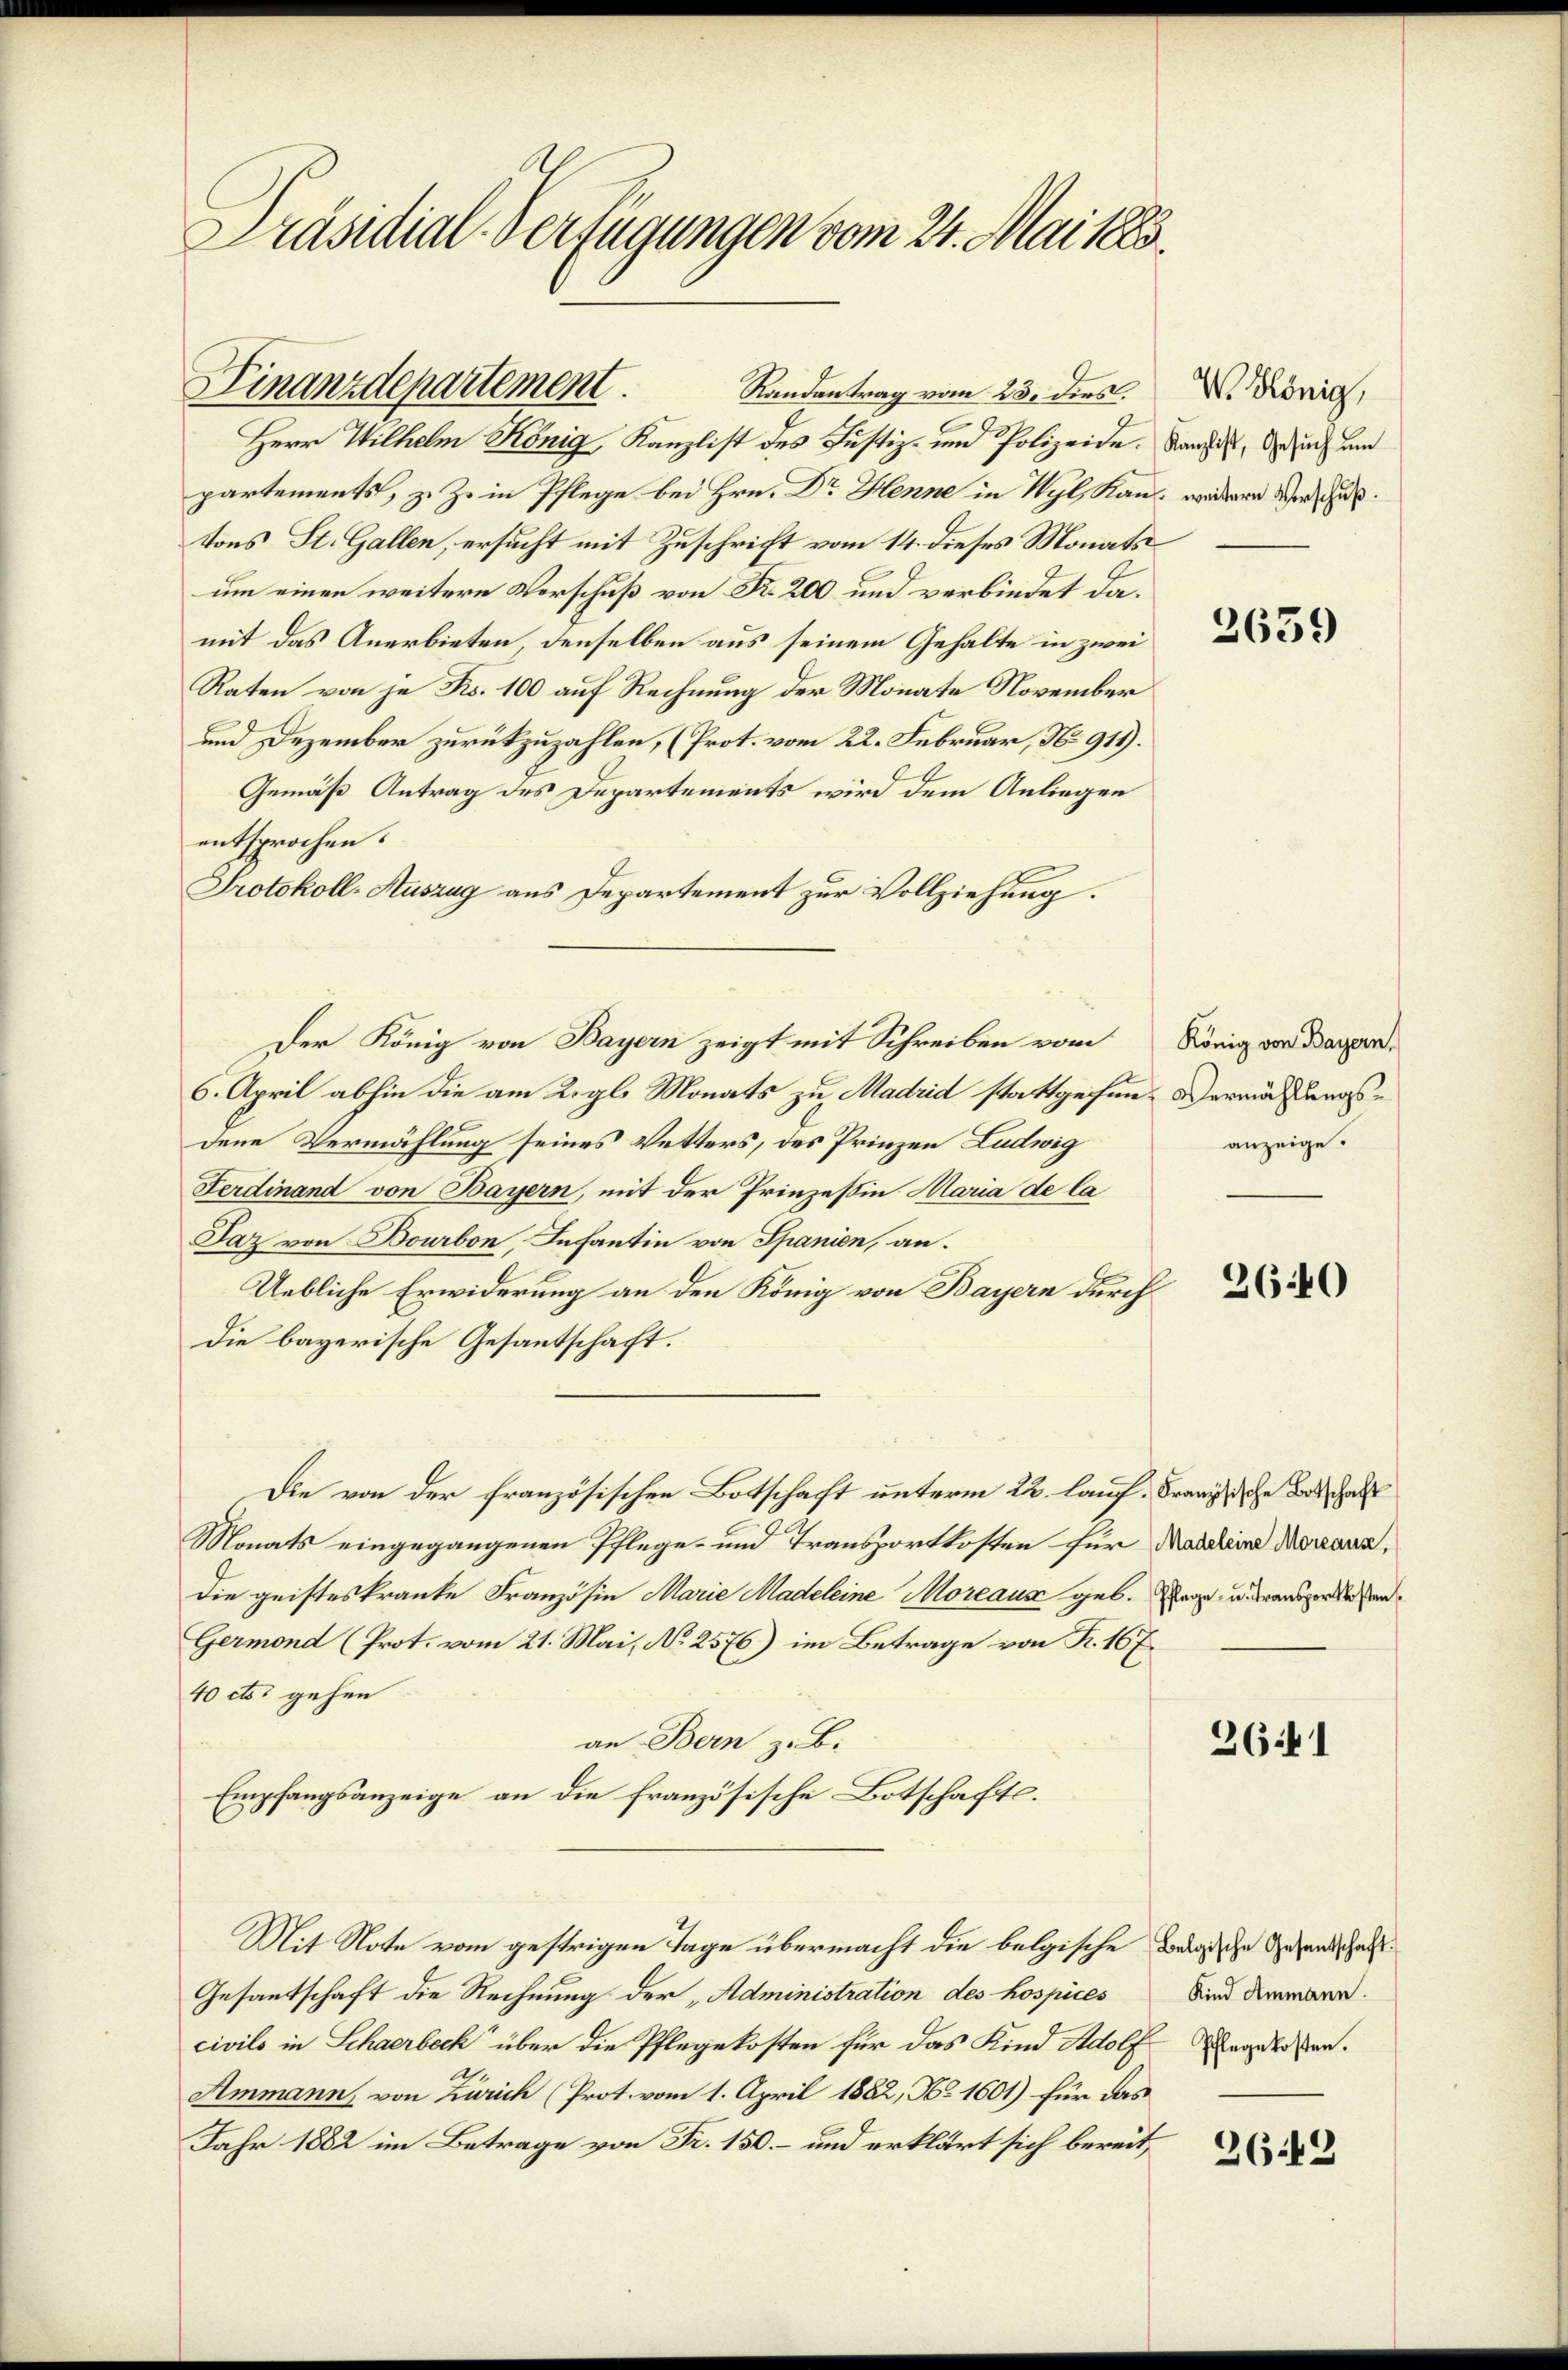
Präsidial-Verfügungen vom 24. Mai 1883.

Finanzdepartement.
Randantrag vom 23. dies.

Herr Wilhelm König, Kanzlist des Justiz- und Polizeide.
partements, z. Z. in Pflege bei Hrn. Dr Henne in Wyl, Kan wedern Werthur.
tons St. Gallen, ersucht mit Zuschrift vom 14. dieses Monats
um einen weitere Verschuß von Fr. 200 und verbindet damit das Anerbieten, denselben aus seinem Gehalte in zwei
Raten von je Frs. 100 auf Rechnung der Monate November
und Dezember zurückzuzahlen, (Prot. vom 22. Februar, No 919).
Gemäß Antrag des Departements wird dem Anliegen
entsprochen.
Protokoll-Auszug aus Departement zur Vollziehung.
6. April abhin die am 2. gl. Monats zu Madrid stattgefen, dermachungsdene Vermählung seines Vetters, des Prinzen Ludwig
Ferdinand von Bayern, mit der Prinzessin Maria de la
Jaz von Dourbon, Infantin von Spanien, an.
Uebliche Erwiderung an den König von Bayern durch
die bayerische Gesantschaft.
Die von der französischen Botschaft unterm 22. lauf. Franz die Beschaft
Monats eingegangenen Pflege- und Transportkosten für Madaleine Mariana,
die geisteskranke Französin Marie Madeleine Moreaus geb.
Germond (Prot. vom 21. Mai, No 2576) im Betrage von R. 167.
40 cts. gehen
an Bern z. B.
Empfangsanzeige an die französische Botschafts¬
Mit Note vom gestrigen Tage übermacht die belgische Belgische Gesandschafft.
Gesantschaft die Rechnung der „Administration des hospices
civils in Schaerbeck über die Pflegekosten für das Kind Adolf Regelaßen.
Ammann, von Zürich (Prot. vom 1. April 1882, No 1601) für das
Jahr 1882 im Betrage von Fr. 150. – und erklärt sich bereit,

Der König von Bayern zeigt mit Schreiben vom

W. König,
Kanzlist, Gesuch um

2639

König von Bayern,
anzeige.

3640

Pflege- u. Transportkosten

26.1

Kind Ammann.

2642